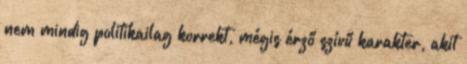
nem mindig politikailag korrekt, mégis érző szívű karakter, akit